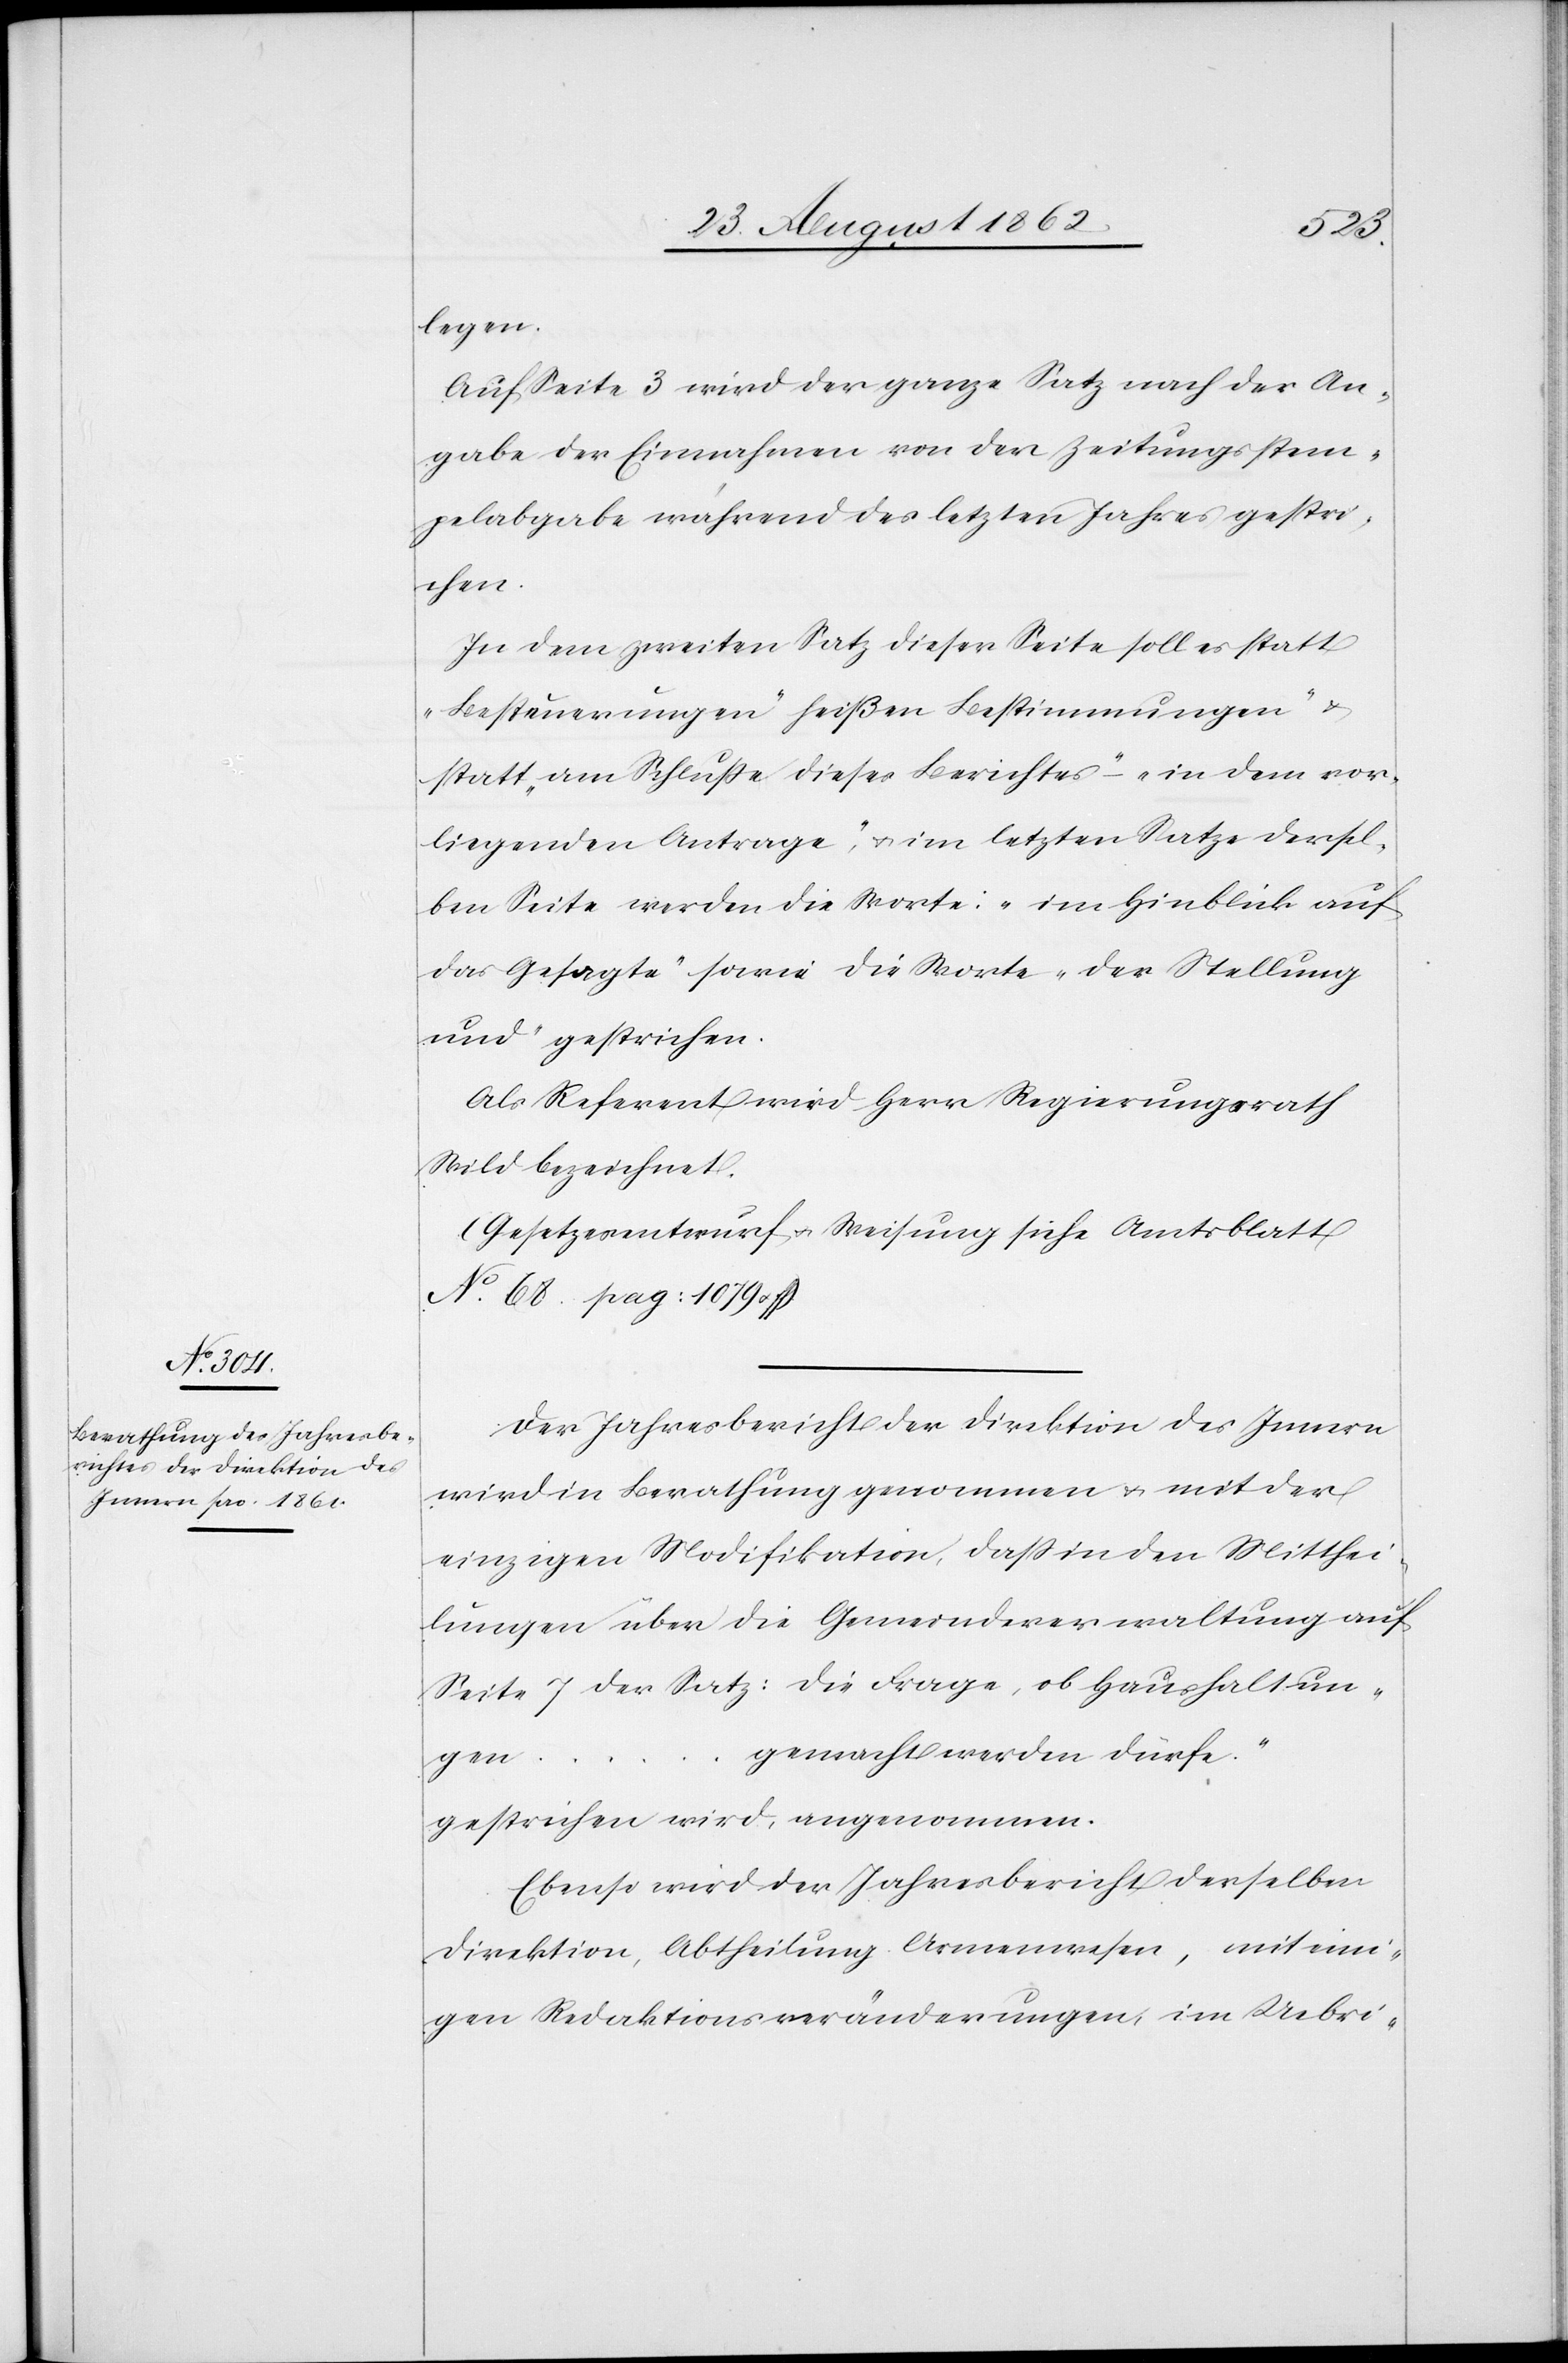
legen.
Auf Seite 3 wird der ganze Satz nach der An¬
gabe der Einnahmen von der Zeitungsstem¬
pelabgabe während des letzten Jahres gestri¬
chen.
In dem zweiten Satz dieser Seite soll es statt
„Besteuerungen“ heißen [„]Bestimmungen“ u.
statt „am Schluße dieses Berichtes“ – „in dem vor¬
liegenden Antrage“, u. im letzten Satze dersel¬
ben Seite werden die Worte: „im Hinblick auf
das Gesagte“ sowie die Worte „der Stellung
und“ gestrichen.
Als Referent wird Herr Regierungsrath
Wild bezeichnet.
(Gesetzesentwurf u. Weisung siehe Amtsblatt
No 68 pag. 1079 u.
Der Jahresbericht der Direktion des Innern
wird in Berathung genommen u. mit der
einzigen Modifikation, daß in den Mitthei¬
lungen über die Gemeindeverwaltung auf
Seite 7 der Satz: [„]die Frage, ob Haushaltun¬
gemacht werden dürfe.“
gen …
gestrichen wird, angenommen.
Ebenso wird der Jahresbericht derselben
Direktion, Abtheilung Armenwesen, mit eini¬
gen Redaktionsveränderungen, im Uebri-